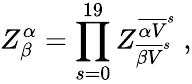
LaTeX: Z_{\beta}^{\alpha}=\prod_{s=0}^{19}Z_{{\overline{{{\beta V}}}}^{s}}^{{\overline{{{\alpha V}}}}^{s}}~,